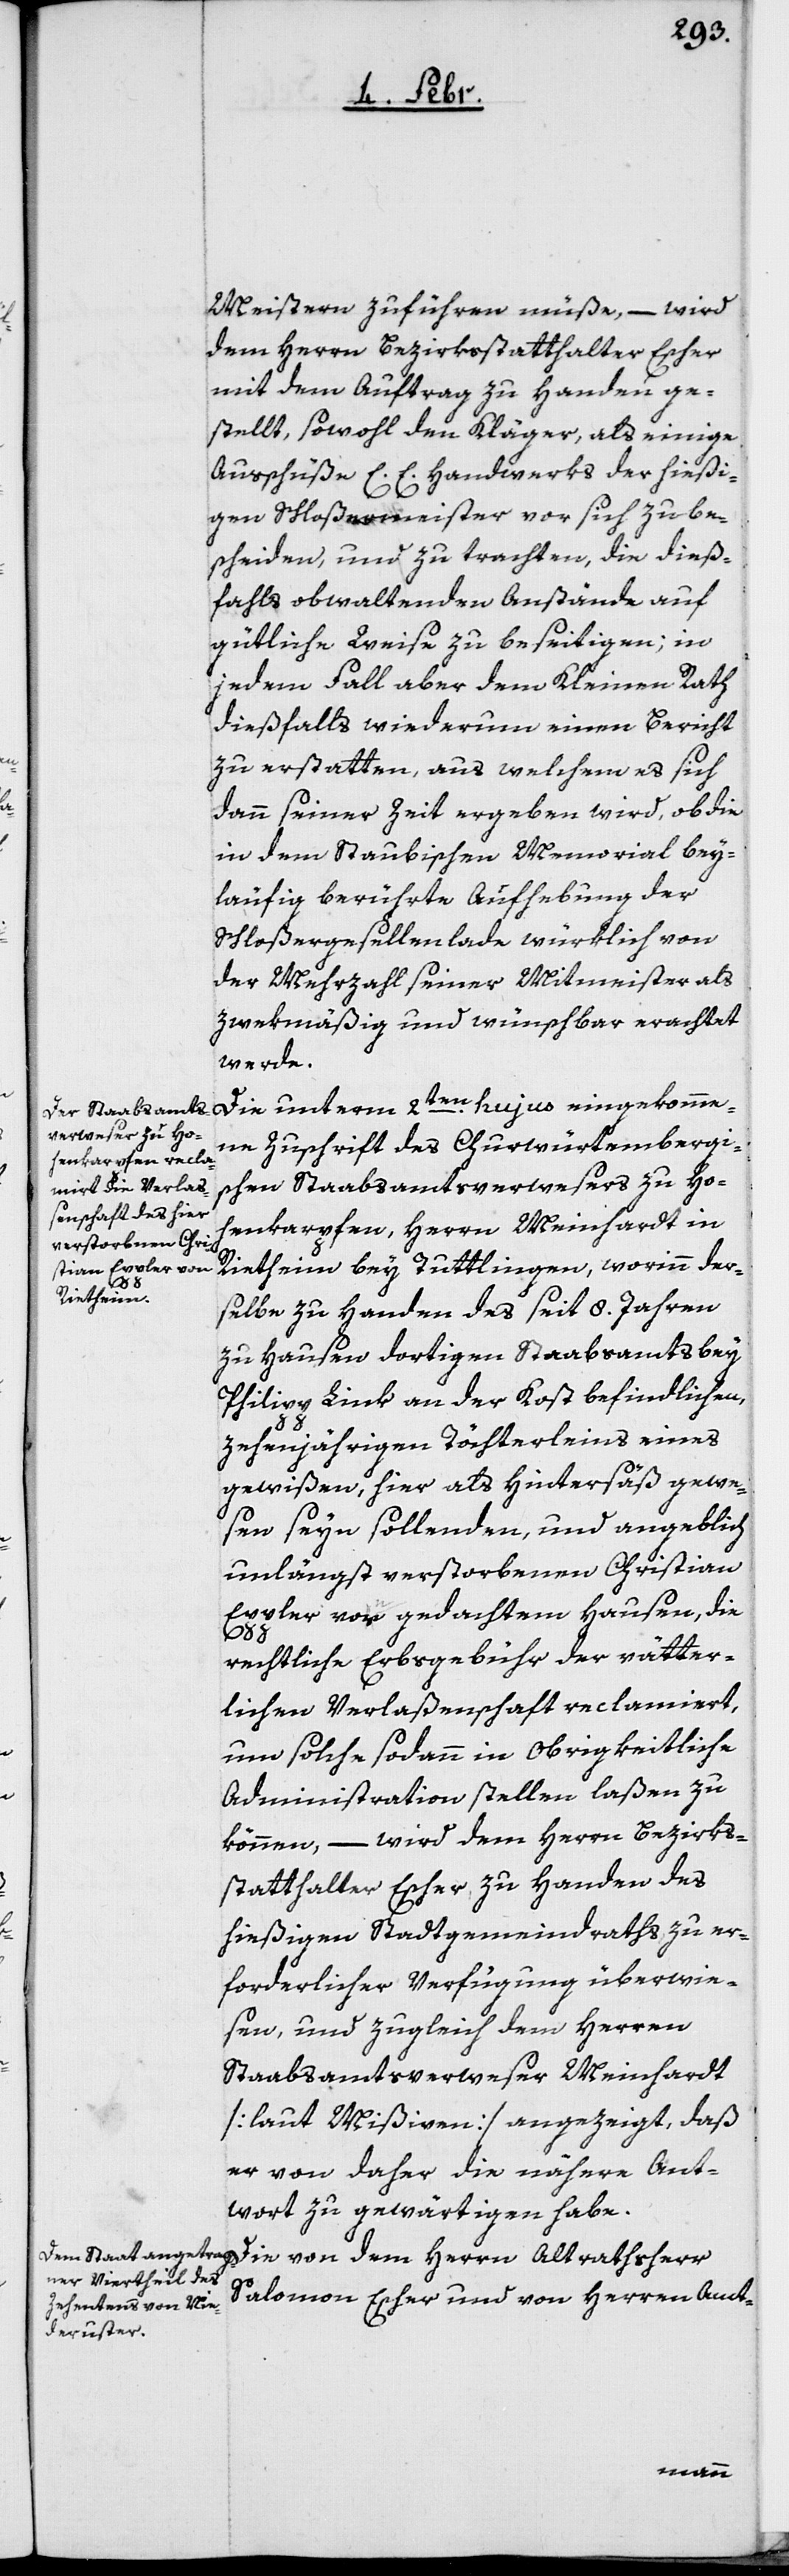
Meistern zuführen müße, – wird
dem Herrn Bezirksstatthalter Escher
mit dem Auftrag zu Handen ge¬
stellt, sowohl den Kläger, als einige
Ausschüße E. E. Handwerks der hießi¬
gen Schloßermeister vor sich zu be¬
scheiden, und zu trachten, die dieß¬
falls obwaltenden Anstände auf
gütliche Weise zu beseitigen; in
jedem Fall aber dem kleinen Rath
dießfalls wiederum einen Bericht
zu erstatten, aus welchem es sich
dann seiner Zeit ergeben wird, ob die
in dem Staubischen Memorial bey¬
läufig berührte Aufhebung der
Schloßergesellenlade würklich von
der Mehrzahl seiner Mitmeister als
zwekmäßig und wünschbar erachtet
werde.
Die unterm 2ten. hujus eingekomme¬
ne Zuschrift des Churwürtembergis¬
chen Staabsamtsverwesers zu Hoh¬
enkarpfen, Herrn Meinhardt in
Rietheim bey Tuttlingen, worinn der¬
selbe zu Handen des seit 8. Jahren
zu Hausen dortigen Staabsamts bey
Philipp Link an der Kost befindlichen,
zehnjährigen Töchterleins eines
gewißen, hier als Hintersäß gewe¬
sen seyn sollenden und angeblich
unlängst verstorbenen Christian
Eppler vor [sic!] gedachtem Hausen, die
rechtliche Erbsgebühr der vätter¬
lichen Verlaßenschaft reclamiert,
um solche sodann in Obrigkeitliche
Administration stellen laßen zu
können, – wird dem Herrn Bezirks¬
statthalter Escher zu Handen des
hießigen Stadtgemeindraths zu er¬
forderlicher Verfügung überwie¬
sen, und zugleich dem Herren
Staabsamtsverweser Meinhardt
[laut Mißiven] angezeigt, daß
er von daher die nähere Ant¬
wort zu gewärtigen habe.
Die von dem Herrn Altrathsherr
Salomon Escher und von Herren Amt-